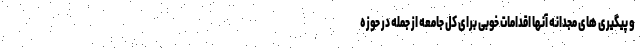
و پیگیری های مجدانه آنها اقدامات خوبی برای کل جامعه از جمله در حوزه